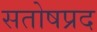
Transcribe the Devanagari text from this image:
सतोषप्रद